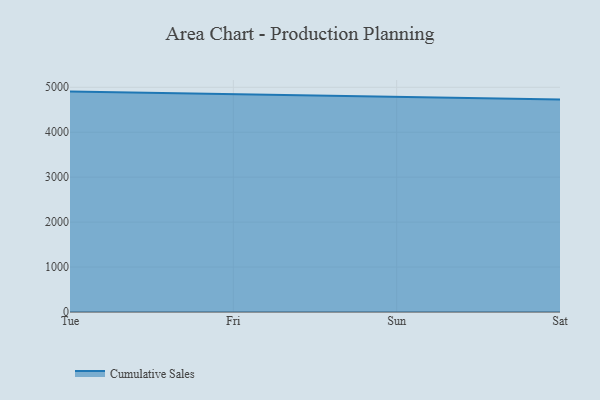
{"axis": {"x": "Day", "y": "Conversion Rate (%)"}, "legend": ["Cumulative Sales"], "data": [{"x": "Tue", "y": 4904.0, "type": "Cumulative Sales"}, {"x": "Fri", "y": 4850.2, "type": "Cumulative Sales"}, {"x": "Sun", "y": 4794.0, "type": "Cumulative Sales"}, {"x": "Sat", "y": 4726.3, "type": "Cumulative Sales"}]}